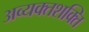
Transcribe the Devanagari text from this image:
अव्यक्तशक्ति